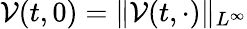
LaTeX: \mathcal{V}(t,0)=\| \mathcal{V}(t,\cdot)\| _{L^{\infty}}